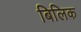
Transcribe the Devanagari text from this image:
बिलिक